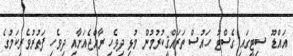
އައްޑޫ ސިޓީގައި ގެސްޓު ހައުސް ތަރައްޤީކުރުމުން މުޅި ދިވެހި ރާއްޖެއަށާއި ދިވެހި ފަތުރުވެރިކަމުގެ